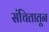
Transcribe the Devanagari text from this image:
संचितातून